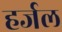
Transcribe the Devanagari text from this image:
हर्जल